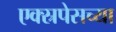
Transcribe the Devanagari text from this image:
एक्स्रपेसच्या